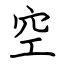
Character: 空